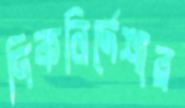
দিকনির্দেশার